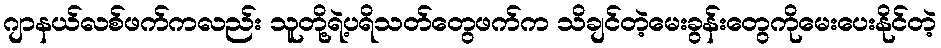
ဂျာနယ်လစ်ဖက်ကလည်း သူတို့ရဲ့ပရိသတ်တွေဖက်က သိချင်တဲ့မေးခွန်းတွေကိုမေးပေးနိုင်တဲ့